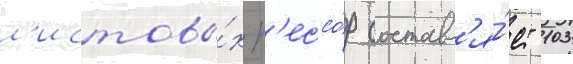
л'истовы́х р'ессо́р составл'я́ет 103